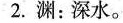
2.渊：深水。